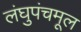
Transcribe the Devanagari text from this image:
लंघुपंचमूल